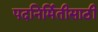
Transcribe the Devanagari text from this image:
पदनिर्मितीसाठी